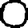
Digit: 0